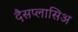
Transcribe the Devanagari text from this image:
दैसप्लासिअ